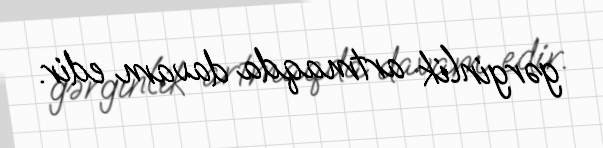
gərginlik artmaqda davam edir.